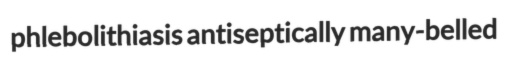
phlebolithiasis antiseptically many-belled